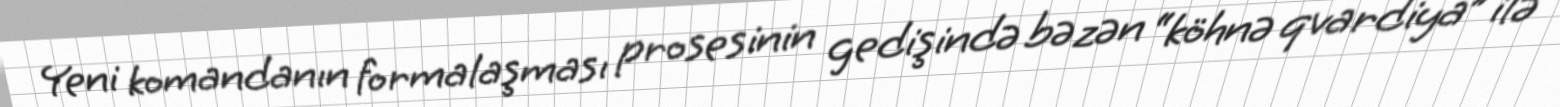
Yeni komandanın formalaşması prosesinin gedişində bəzən “köhnə qvardiya” ilə